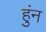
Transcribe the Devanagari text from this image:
हुंन